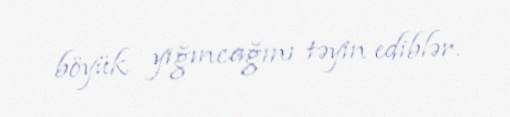
böyük yığıncağını təyin ediblər.